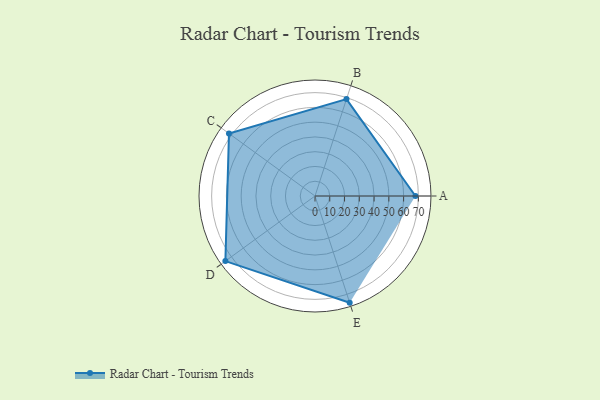
{"axis": {"x": "Skill", "y": "Score"}, "legend": ["Profile"], "data": [{"x": "A", "y": 68.0, "type": "Profile"}, {"x": "B", "y": 69.0, "type": "Profile"}, {"x": "C", "y": 72.0, "type": "Profile"}, {"x": "D", "y": 75.0, "type": "Profile"}, {"x": "E", "y": 76.0, "type": "Profile"}]}